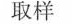
取样